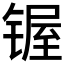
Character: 𰾣